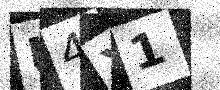
Text: U4X1